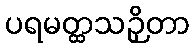
ပရမတ္ထသဉှိတာ